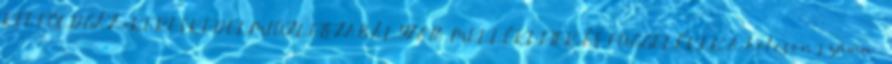
KFT. FÖLDGÁZ-KERESKEDELMI ÜZLETSZABÁLYZATA MELLÉKLETEK ÉS FÜGGELÉKEK A kölcsön száma:.